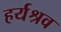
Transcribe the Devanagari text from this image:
हर्यश्रव